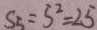
S _ { 5 } = 5 ^ { 2 } = 2 5